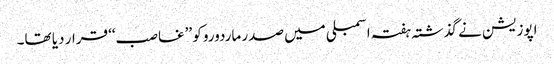
اپوزیشن نے گذشتہ ہفتہ اسمبلی میں صدر ماردورو کو ’’غاصب‘‘ قرار دیا تھا۔